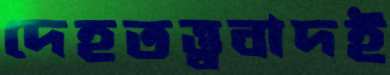
দেহতত্ত্ববাদই